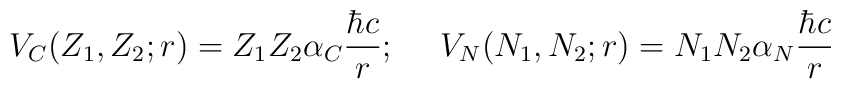
V_C(Z_1,Z_2;r) = Z_1Z_2\alpha_C{\hbar c\over r}; \ \ \ \  V_N(N_1,N_2;r) = N_1N_2\alpha_N{\hbar c\over r}